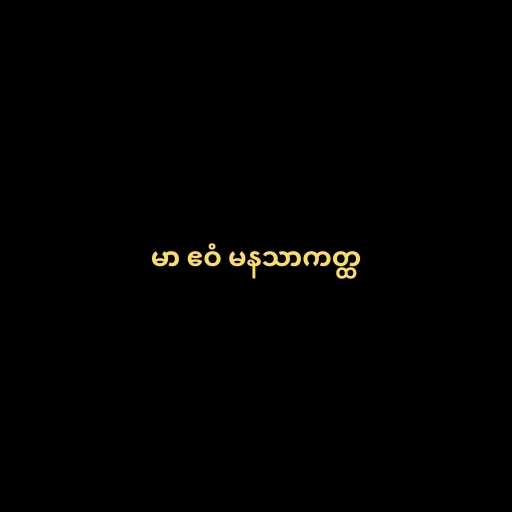
မာ ဧဝံ မနသာကတ္ထ